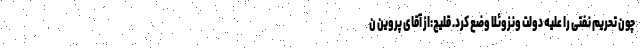
چون تحریم نفتی را علیه دولت ونزوئلا وضع کرد. قلیچ:از آقای پروین ن